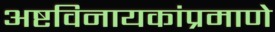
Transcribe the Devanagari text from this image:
अष्टविनायकांप्रमाणे